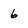
Character: 6